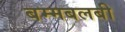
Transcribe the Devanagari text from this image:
बम्मबलबी